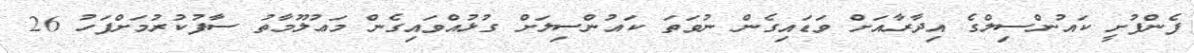
ފެންފުށީ ކައުންސިލްގެ އިދާރާއަށް ވަޑައިގެން ނުވަތަ ކައުންސިލަށް ގުޅުއްވައިގެން މަޢުލޫމާތު ސާފުކުރުމަށްފަހު 26